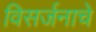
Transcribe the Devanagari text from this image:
विसर्जनाचे